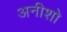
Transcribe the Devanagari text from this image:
अनीशो